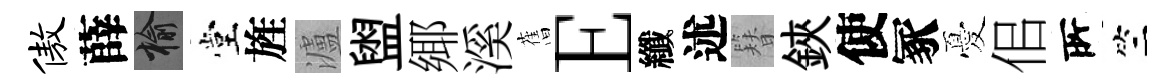
傲薛榆堂旌瀘盥鄊溪𦾔E纖述簪鋏使冢憂佀𠩄竺